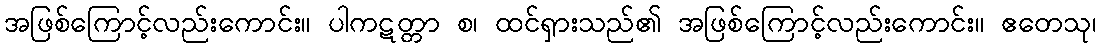
အဖြစ်ကြောင့်လည်းကောင်း။ ပါကဋတ္တာ စ၊ ထင်ရှားသည်၏ အဖြစ်ကြောင့်လည်းကောင်း။ ဧတေသု၊